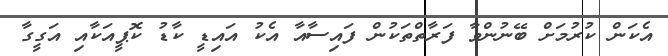
އެކަން ކުރުމަށް ބޭނުންވާ ފަރާތްތަކުން ފައިސާއާ އެކު އައިޑީ ކާޑު ކޮޕީއަކާއި އަގީގާ